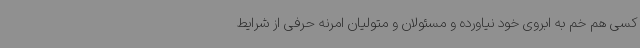
کسی هم خم به ابروی خود نیاورده و مسئولان و متولیان امرنه حرفی از شرایط